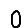
Digit: 0